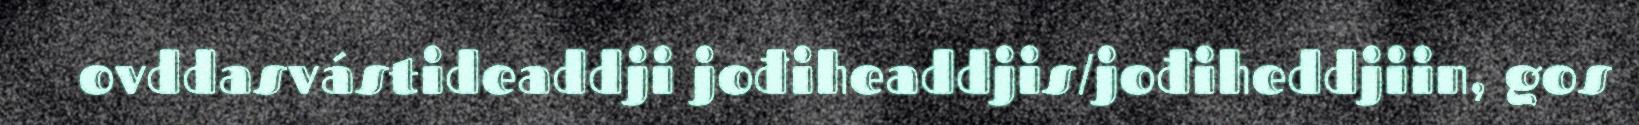
ovddasvástideaddji jođiheaddjis/jođiheddjiin, gos